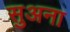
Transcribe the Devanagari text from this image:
सुअना